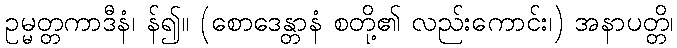
ဥမ္မတ္တကာဒီနံ၊ န်၍။ (စောဒေန္တာနံ စတို့၏ လည်းကောင်း၊) အနာပတ္တိ၊